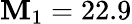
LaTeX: \mathbf{M}_{1}=22.9